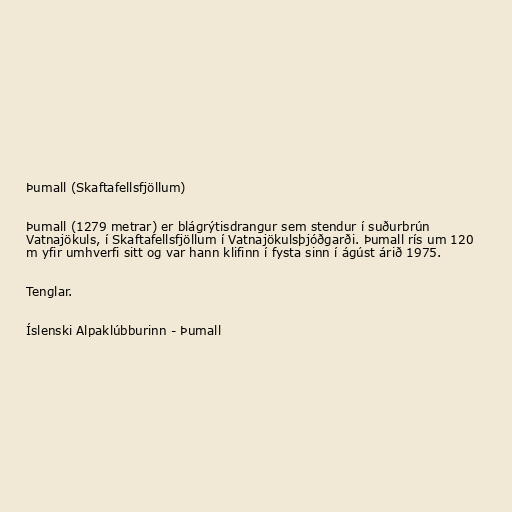
Þumall (Skaftafellsfjöllum)

Þumall (1279 metrar) er blágrýtisdrangur sem stendur í suðurbrún
Vatnajökuls, í Skaftafellsfjöllum í Vatnajökulsþjóðgarði. Þumall rís um 120
m yfir umhverfi sitt og var hann klifinn í fysta sinn í ágúst árið 1975.

Tenglar.

Íslenski Alpaklúbburinn - Þumall